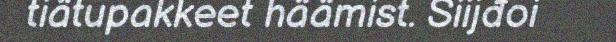
tiätupakkeet häämist. Siijđoi